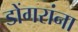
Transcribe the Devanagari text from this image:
डोंगरांना